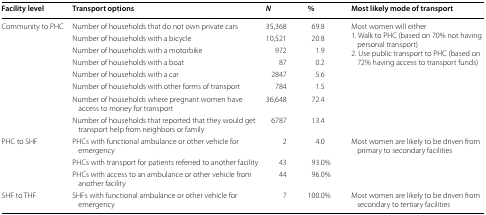
| Facility level | Transport options | N | % | Most likely mode of transport |
 | --- | --- | --- | --- | --- |
 | <ROWSPAN=8> Community to PHC | Number of households that do not own private cars | 35,368 | 69.8 | <ROWSPAN=8> Most women will either1. Walk to PHC (based on 70% not having personal transport)2. Use public transport to PHC (based on 72% having access to transport funds) |
 | Number of households with a bicycle | 10,521 | 20.8 |
 | Number of households with a motorbike | 972 | 1.9 |
 | Number of households with a boat | 87 | 0.2 |
 | Number of households with a car | 2847 | 5.6 |
 | Number of households with other forms of transport | 784 | 1.5 |
 | Number of households where pregnant women have access to money for transport | 36,648 | 72.4 |
 | Number of households that reported that they would get transport help from neighbors or family | 6787 | 13.4 |
 | <ROWSPAN=3> PHC to SHF | PHCs with functional ambulance or other vehicle for emergency | 2 | 4.0 | <ROWSPAN=3> Most women are likely to be driven from primary to secondary facilities |
 | PHCs with transport for patients referred to another facility | 43 | 93.0% |
 | PHCs with access to an ambulance or other vehicle from another facility | 44 | 96.0% |
 | SHF to THF | SHFs with functional ambulance or other vehicle for emergency | 7 | 100.0% | Most women are likely to be driven from secondary to tertiary facilities |